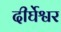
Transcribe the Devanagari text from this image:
दीर्घेश्वर